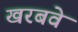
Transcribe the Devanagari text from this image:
खरबवे